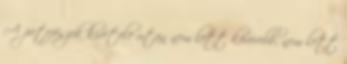
A petefészek kivétele után nem lett kövérebb, nem lett